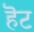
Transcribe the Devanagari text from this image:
हॆट